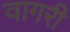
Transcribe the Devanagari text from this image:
वागरी